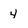
Character: 4